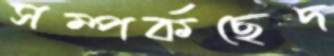
সম্পর্কছেদ